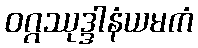
ဝဂ္ဂဿုဒ္ဒါနံယမကံ